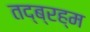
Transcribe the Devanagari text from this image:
तद्ब्रह्म